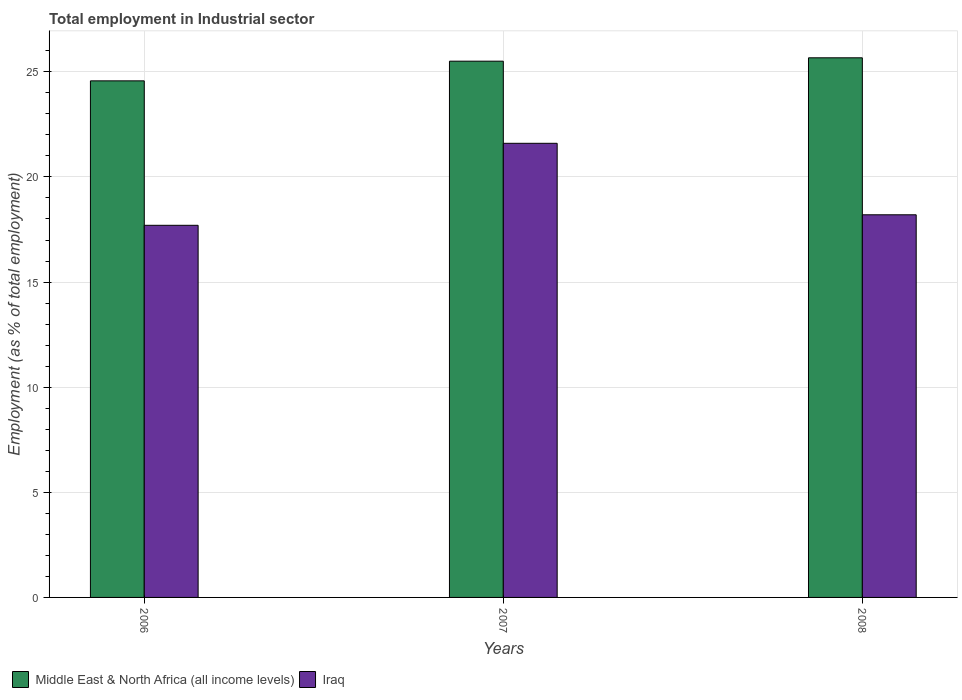
| Years | Middle East & North Africa (all income levels) | Iraq |
 | --- | --- | --- |
 | 2006 | 24.6 | 17.7 |
 | 2007 | 25.5 | 21.6 |
 | 2008 | 25.7 | 18.2 |